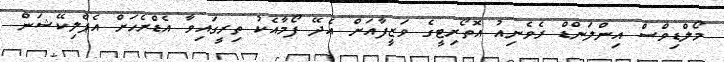
މޯލްޑިވްސް އިންލަންޑް ރެވެނިއު އޮތޯރިޓީގެ ވަޒީފާއަށް އެދޭ ފޯމާއެކު ތިރީގައިވާ އެޑްރެހަށް އެޕްލިކޭޝަން